Scientific memoirs by medical officers of the Army of India - Part XI,
Year: 1898
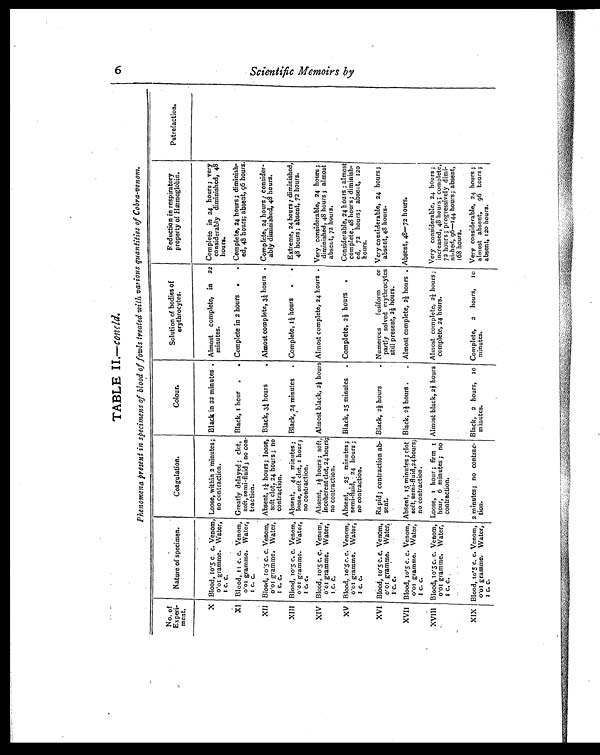
6 Scientific Memoirs by
TABLE II.—concld.
Phenomena present in specimens of blood of fowls treated with various quantities of Cobra-venom.
No. of
Experi-
ment.
Nature of specimen.
Coagulation.
Colour.
Solution of bodies of
erythrocytes.
Reduction in respiratory
property of Hæmoglobin.
Putrefaction.
X Blood, 10.5 c. c. Venom,
0.01 gramme. Water,
1 C. C.
Loose, within 2 minutes;
no contraction.
Black in 22 minutes . Almost complete, in 22
minutes.
Complete in 24 hours; very
considerably diminished, 48
hours.
XI Blood, 11 c. c. Venom,
0.01 gramme. Water,
1 c. c .
Greatly delayed; clot,
soft, semi-fluid ; no con-
traction.
Black, 1h o u r
. . Complete in 2 hours .
. Complete, 24 hours; diminish-
ed, 48 hours; absent,96 hours.
XII Blood, 10.5 c. c. Venom,
0.01 gramme. Water,
1 c. c.
Absent, 1¼ hours; loose,
soft clot, 24 hours ; no
contraction.
Black, 3¼ hours . Almost complete, 3¼ hours . Complete, 24 hours ; consider-
ably diminished, 48 hours.
XIII Blood, 10.5 c. c. Venom,
0 .01 gramme. Water,
1 c. c.
Absent, 44 minutes ;
loose, soft clot, 1 hour;
no contraction.
Black, 24 minutes
. Complete, 1¼ hours
. .
Extreme, 24 hours; diminished,
48 hours; absent, 72 hours.
XIV Blood, 10.5 c. c. Venom,
0.01 gramme. Water,
1 c. c.
Absent, 1½ hours; soft,
incoherent clot, 24 hours;
no contraction.
Almost black, 2½h o u r s Almost complete, 24 hours • Very considerable, 24 hours ;
diminished, 48 hours ; almost
absent, 72 hours.
XV Blood, 10.5 c.c. Venom,
0.01 gramme. Water,
1 C. C .
Absent, 25 minutes;
semi-fluid, 24 hours ;
no contraction.
Black, 25 minutes
. Complete, 2½ hours .
Considerable, 24 hours ; almost
complete, 48 hours; diminish-
ed, 72 hours; absent, 120
hours.
XVI Blood, 10.5 c. c. Venom,
0.01 gramme. Water,
1 c. c.
Rapid; contraction ab-
sent.
Black, 2½ hours
. Numerous fusiform or
partly solved erythrocytes
still present, 2½ hours.
Very considerable, 24 hours;
absent, 48 hours.
XVII Blood, 10.5 c. c. Venom,
0.01
gramme. Water,
1 c. c .
Absent, 15 minutes ; clot
soft, semi-fluid,24 hours;
no contraction.
Black, 2½ hours . . Almost complete, 2½ hours. Absent, 48—72 hours.
XVIII Blood, 10.5 c. c. Venom,
0.01 gramme. Water,
1 C. C.
Loose, 1 hour ; firm
1
hour, 6 minutes ; no
contraction.
Almost black, 21/3 hours Almost complete, 2½ hours;
complete, 24 hours.
Very considerable, 24 hours ;
increased, 48 hours ; complete,
72 hours; progressively dimi-
nished, 96—144 hours; absent,
168 hours.
XIX Blood, 10.5 c. c. Venom,
0.01 gramme. Water,
1 c. c.
2 minutes; no contrac-
tion.
Black, 2 hours,
1 0
minutes.
Complete, 2 hours,
10
minutes.
Very considerable, 24 hours ;
almost absent, 96 hours;
absent, 120 hours.